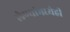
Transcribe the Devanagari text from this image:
लेण्यांमध्येही